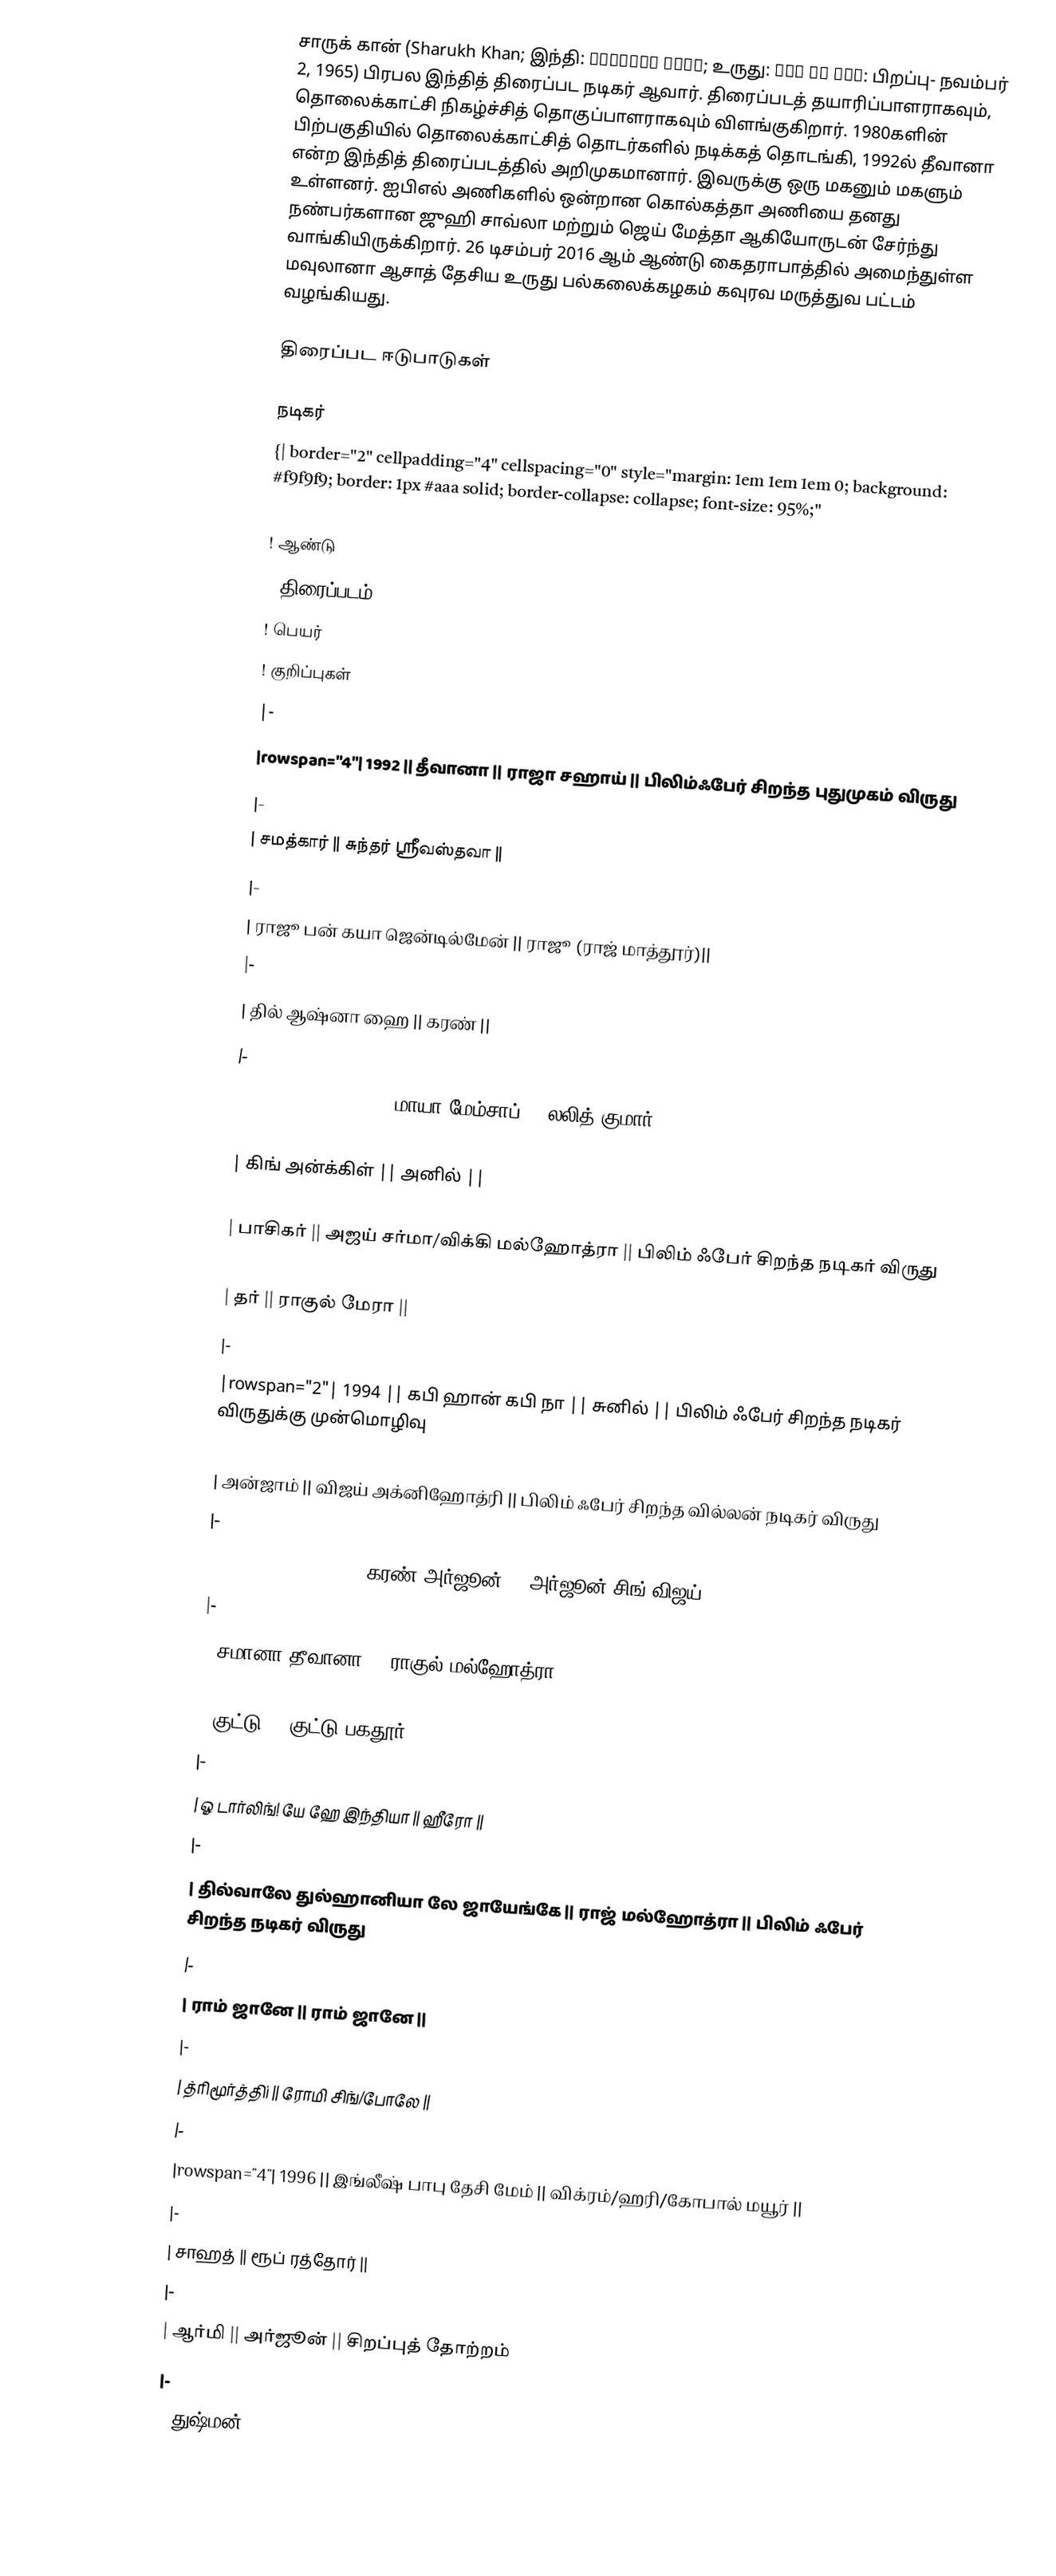
சாருக் கான் (Sharukh Khan; இந்தி: शाहरुख़ ख़ान; உருது: شاہ رخ خان: பிறப்பு- நவம்பர் 2, 1965) பிரபல இந்தித் திரைப்பட நடிகர் ஆவார். திரைப்படத் தயாரிப்பாளராகவும், தொலைக்காட்சி நிகழ்ச்சித் தொகுப்பாளராகவும் விளங்குகிறார். 1980களின் பிற்பகுதியில் தொலைக்காட்சித் தொடர்களில் நடிக்கத் தொடங்கி, 1992ல் தீவானா என்ற இந்தித் திரைப்படத்தில் அறிமுகமானார். இவருக்கு ஒரு மகனும் மகளும் உள்ளனர். ஐபிஎல் அணிகளில் ஒன்றான கொல்கத்தா அணியை தனது நண்பர்களான ஜுஹி சாவ்லா மற்றும் ஜெய் மேத்தா ஆகியோருடன் சேர்ந்து வாங்கியிருக்கிறார். 26 டிசம்பர் 2016 ஆம் ஆண்டு கைதராபாத்தில் அமைந்துள்ள மவுலானா ஆசாத் தேசிய உருது பல்கலைக்கழகம் கவுரவ மருத்துவ பட்டம் வழங்கியது.

திரைப்பட ஈடுபாடுகள்

நடிகர்
{| border="2" cellpadding="4" cellspacing="0" style="margin: 1em 1em 1em 0; background: #f9f9f9; border: 1px #aaa solid; border-collapse: collapse; font-size: 95%;"
|- bgcolor="#CCCCCC" align="center"
! ஆண்டு
! திரைப்படம்
! பெயர்
! குறிப்புகள்
|-
|rowspan="4"| 1992 || தீவானா || ராஜா சஹாய் || பிலிம்ஃபேர் சிறந்த புதுமுகம் விருது
|-
| சமத்கார் || சுந்தர் ஸ்ரீவஸ்தவா ||
|-
| ராஜூ பன் கயா ஜென்டில்மேன் || ராஜூ (ராஜ் மாத்தூர்)||
|-
| தில் ஆஷ்னா ஹை || கரண் ||
|-
|rowspan="4"| 1993 || மாயா மேம்சாப் || லலித் குமார் ||
|-
| கிங் அன்க்கிள் || அனில் ||
|-
| பாசிகர் || அஜய் சர்மா/விக்கி மல்ஹோத்ரா || பிலிம் ஃபேர் சிறந்த நடிகர் விருது
|-
| தர் || ராகுல் மேரா ||
|-
|rowspan="2"| 1994 || கபி ஹான் கபி நா || சுனில் || பிலிம் ஃபேர் சிறந்த நடிகர் விருதுக்கு முன்மொழிவு
|-
| அன்ஜாம் || விஜய் அக்னிஹோத்ரி || பிலிம் ஃபேர் சிறந்த வில்லன் நடிகர் விருது
|-
|rowspan="7"| 1995 || கரண் அர்ஜூன் || அர்ஜூன் சிங்/விஜய் ||
|-
| சமானா தீவானா || ராகுல் மல்ஹோத்ரா ||
|-
| குட்டு || குட்டு பகதூர் ||
|-
| ஓ டார்லிங்! யே ஹே இந்தியா || ஹீரோ ||
|-
| தில்வாலே துல்ஹானியா லே ஜாயேங்கே || ராஜ் மல்ஹோத்ரா || பிலிம் ஃபேர் சிறந்த நடிகர் விருது
|-
| ராம் ஜானே || ராம் ஜானே ||
|-
| த்ரிமூர்த்திi || ரோமி சிங்/போலே ||
|-
|rowspan="4"| 1996 || இங்லீஷ் பாபு தேசி மேம் || விக்ரம்/ஹரி/கோபால் மயூர் ||
|-
| சாஹத் || ரூப் ரத்தோர் ||
|-
| ஆர்மி || அர்ஜூன் || சிறப்புத் தோற்றம்
|-
| துஷ்மன்